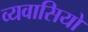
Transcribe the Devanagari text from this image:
व्यवासियों